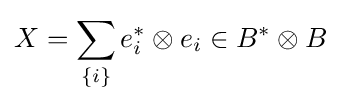
X=\sum _{\{i\}}e_{i}^{*}\otimes e_{i}\in B^{*}\otimes B